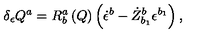
\delta _ { \epsilon } Q ^ { a } = R _ { b } ^ { a } \left( Q \right) \left( \dot { \epsilon } ^ { b } - \dot { Z } _ { b _ { 1 } } ^ { b } \epsilon ^ { b _ { 1 } } \right) ,